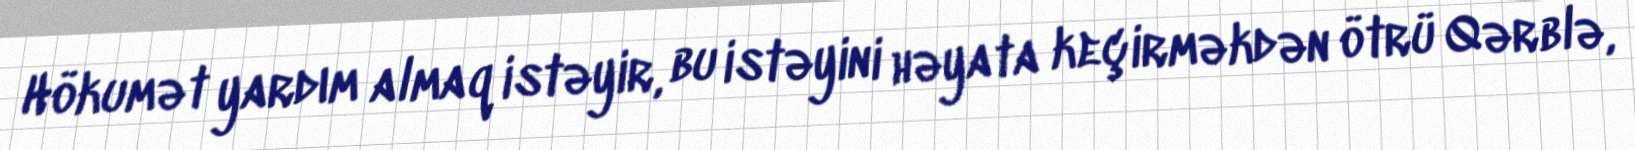
Hökumət yardım almaq istəyir, bu istəyini həyata keçirməkdən ötrü Qərblə,